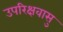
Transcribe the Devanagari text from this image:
उपरिक्षवासु